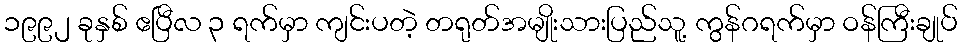
၁၉၉၂ ခုနှစ် ဧပြီလ ၃ ရက်မှာ ကျင်းပတဲ့ တရုတ်အမျိုးသားပြည်သူ့ ကွန်ဂရက်မှာ ဝန်ကြီးချုပ်